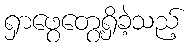
ရှာဖွေတွေ့ရှိခဲ့သည့်